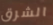
الشرق